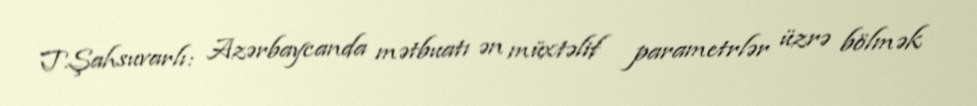
T.Şahsuvarlı: Azərbaycanda mətbuatı ən müxtəlif parametrlər üzrə bölmək